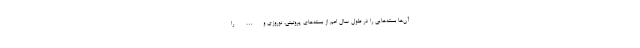
آن‌ها بسته‌هایی را در طول سال اعم از بسته‌های پروتینی، نوروزی و… را